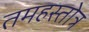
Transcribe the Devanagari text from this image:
तमहस्तोत्र